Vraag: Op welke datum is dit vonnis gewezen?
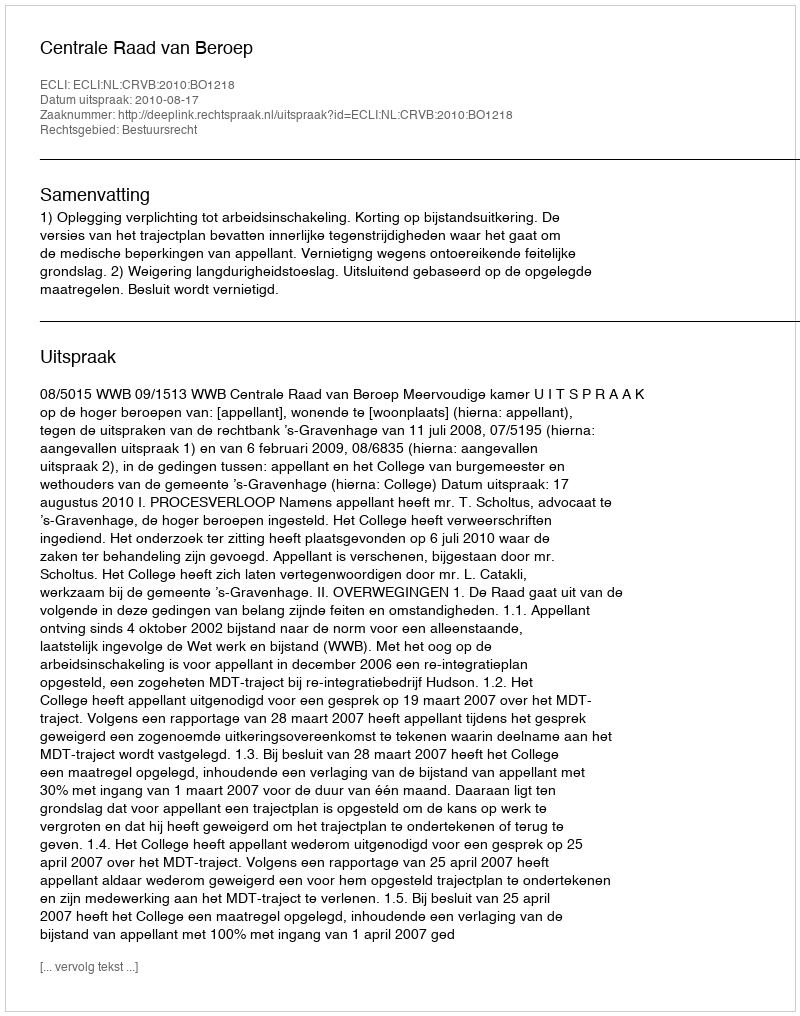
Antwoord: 2010-08-17